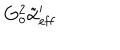
G _ { o } ^ { 2 } \tilde { \alpha } _ { \mathrm { e f f } } ^ { \prime }